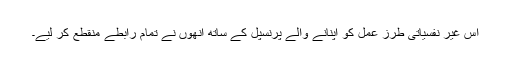
اس غیر نفسیاتی طرز عمل کو اپنانے والے پرنسپل کے ساتھ انھوں نے تمام رابطے منقطع کر لیے۔